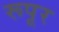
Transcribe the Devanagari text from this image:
रूपूर